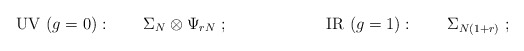
\begin{align*}\mathrm{UV}\ (g=0):\qquad \Sigma _{N}\otimes \Psi _{rN}\ ;\qquad \qquad\qquad \mathrm{IR\ }(g=1):\qquad \Sigma _{N(1+r)}\ ;\end{align*}